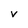
Character: V